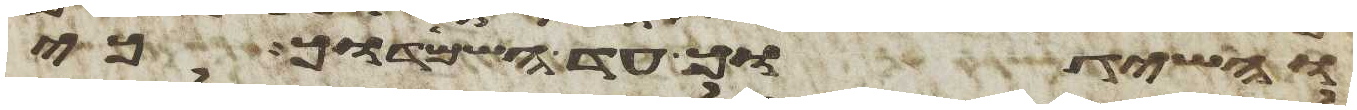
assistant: והשיגוך עד השמידוך כי